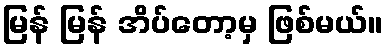
မြန် မြန် အိပ်တော့မှ ဖြစ်မယ်။